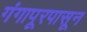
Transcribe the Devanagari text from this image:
गंगापूरपासून